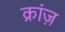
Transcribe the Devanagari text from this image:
क्रांज़